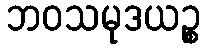
ဘဝသမုဒယဉ္စ